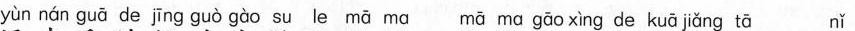
yùn nán guā de jīng guò gào su le mā ma mā mα gāo xìng de kuā jiǎng tā nǐ